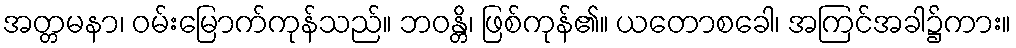
အတ္တမနာ၊ ဝမ်းမြောက်ကုန်သည်။ ဘဝန္တိ၊ ဖြစ်ကုန်၏။ ယတောစခေါ၊ အကြင်အခါ၌ကား။